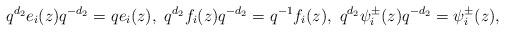
LaTeX: \begin{align*} q^{d_2}e_i(z)q^{-d_2}=qe_i(z),\ q^{d_2}f_i(z)q^{-d_2}=q^{-1}f_i(z),\ q^{d_2}\psi^\pm_i(z)q^{-d_2}=\psi^\pm_i(z),\end{align*}